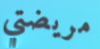
مريضتي